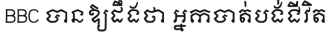
BBC បានឱ្យដឹងថា អ្នកបាត់បង់ជីវិត